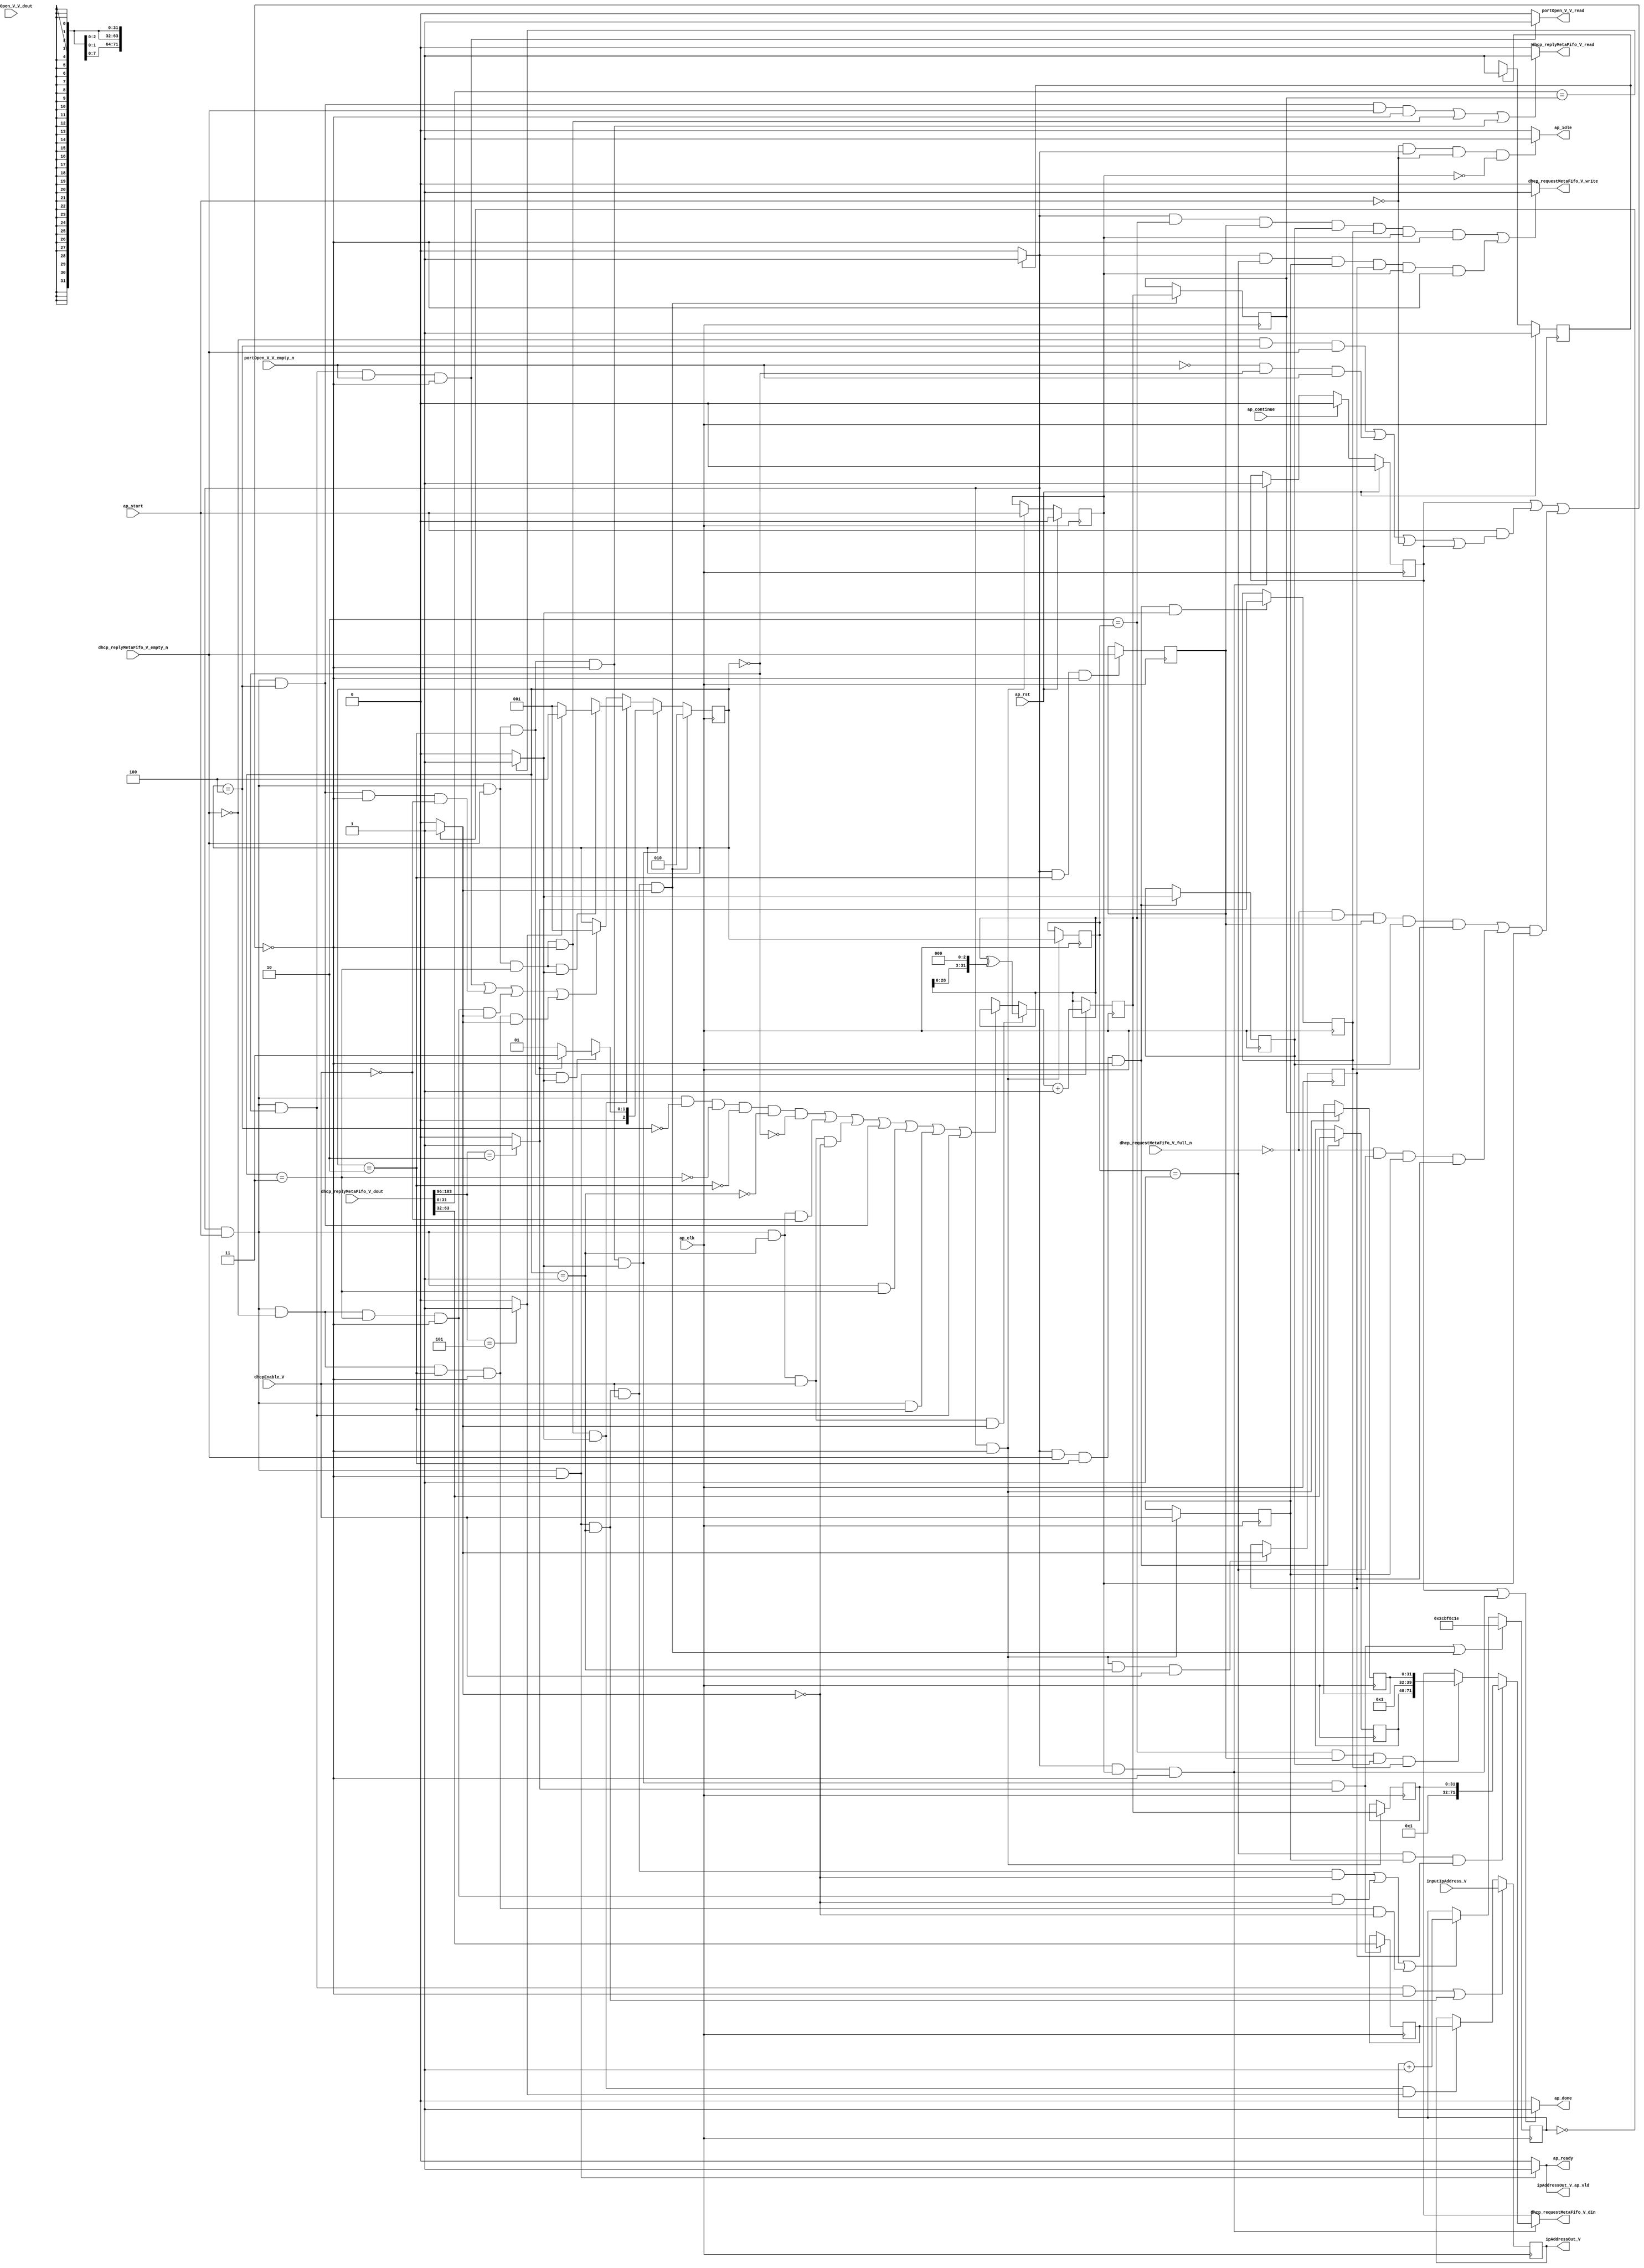
// ==============================================================
// RTL generated by Vivado(TM) HLS - High-Level Synthesis from C, C++ and SystemC
// Version: 2015.1
// Copyright (C) 2015 Xilinx Inc. All rights reserved.
// 
// ===========================================================

`timescale 1 ns / 1 ps 

module dhcp_client_dhcp_fsm (
        ap_clk,
        ap_rst,
        ap_start,
        ap_done,
        ap_continue,
        ap_idle,
        ap_ready,
        dhcp_replyMetaFifo_V_dout,
        dhcp_replyMetaFifo_V_empty_n,
        dhcp_replyMetaFifo_V_read,
        portOpen_V_V_dout,
        portOpen_V_V_empty_n,
        portOpen_V_V_read,
        dhcp_requestMetaFifo_V_din,
        dhcp_requestMetaFifo_V_full_n,
        dhcp_requestMetaFifo_V_write,
        ipAddressOut_V,
        ipAddressOut_V_ap_vld,
        dhcpEnable_V,
        inputIpAddress_V
);

parameter    ap_const_logic_1 = 1'b1;
parameter    ap_const_logic_0 = 1'b0;
parameter    ap_ST_pp0_stg0_fsm_0 = 1'b1;
parameter    ap_const_lv32_0 = 32'b00000000000000000000000000000000;
parameter    ap_const_lv1_1 = 1'b1;
parameter    ap_const_lv3_4 = 3'b100;
parameter    ap_const_lv1_0 = 1'b0;
parameter    ap_const_lv3_3 = 3'b11;
parameter    ap_const_lv3_2 = 3'b10;
parameter    ap_const_lv3_0 = 3'b000;
parameter    ap_const_lv3_1 = 3'b1;
parameter    ap_const_lv2_3 = 2'b11;
parameter    ap_const_lv2_1 = 2'b1;
parameter    ap_const_lv32_2CBF8C1E = 32'b101100101111111000110000011110;
parameter    ap_const_lv32_FFFFFFFF = 32'b11111111111111111111111111111111;
parameter    ap_const_lv32_60 = 32'b1100000;
parameter    ap_const_lv32_67 = 32'b1100111;
parameter    ap_const_lv8_5 = 8'b101;
parameter    ap_const_lv32_20 = 32'b100000;
parameter    ap_const_lv32_3F = 32'b111111;
parameter    ap_const_lv8_2 = 8'b10;
parameter    ap_const_lv32_3 = 32'b11;
parameter    ap_const_lv32_1 = 32'b1;
parameter    ap_const_lv8_3 = 8'b11;
parameter    ap_const_lv40_1 = 40'b1;
parameter    ap_true = 1'b1;

input   ap_clk;
input   ap_rst;
input   ap_start;
output   ap_done;
input   ap_continue;
output   ap_idle;
output   ap_ready;
input  [103:0] dhcp_replyMetaFifo_V_dout;
input   dhcp_replyMetaFifo_V_empty_n;
output   dhcp_replyMetaFifo_V_read;
input  [0:0] portOpen_V_V_dout;
input   portOpen_V_V_empty_n;
output   portOpen_V_V_read;
output  [71:0] dhcp_requestMetaFifo_V_din;
input   dhcp_requestMetaFifo_V_full_n;
output   dhcp_requestMetaFifo_V_write;
output  [31:0] ipAddressOut_V;
output   ipAddressOut_V_ap_vld;
input  [0:0] dhcpEnable_V;
input  [31:0] inputIpAddress_V;

reg ap_done;
reg ap_idle;
reg ap_ready;
reg dhcp_replyMetaFifo_V_read;
reg portOpen_V_V_read;
reg[71:0] dhcp_requestMetaFifo_V_din;
reg dhcp_requestMetaFifo_V_write;
reg ipAddressOut_V_ap_vld;
reg    ap_done_reg = 1'b0;
(* fsm_encoding = "none" *) reg   [0:0] ap_CS_fsm = 1'b1;
reg    ap_sig_cseq_ST_pp0_stg0_fsm_0;
reg    ap_sig_bdd_20;
wire    ap_reg_ppiten_pp0_it0;
reg    ap_reg_ppiten_pp0_it1 = 1'b0;
wire   [2:0] state_load_load_fu_278_p1;
wire   [0:0] grp_nbreadreq_fu_138_p3;
wire   [0:0] tmp_nbreadreq_fu_152_p3;
reg    ap_sig_bdd_76;
reg   [2:0] state_load_reg_432;
reg   [0:0] tmp_5_reg_469;
reg   [0:0] tmp_9_reg_482;
reg   [0:0] tmp_11_reg_486;
reg   [0:0] dhcpEnable_V_read_reg_436;
reg   [0:0] tmp_s_reg_490;
reg    ap_sig_bdd_110;
reg   [31:0] myIpAddress_V = 32'b00000000000000000000000000000000;
reg   [2:0] state = 3'b000;
reg   [31:0] time_V = 32'b1100100;
reg   [31:0] randomValue_V = 32'b110100101010101101001101001011;
reg   [31:0] myIdentity_V = 32'b00000000000000000000000000000000;
reg   [31:0] IpAddressBuffer_V = 32'b00000000000000000000000000000000;
wire   [0:0] dhcpEnable_V_read_read_fu_132_p2;
reg   [31:0] tmp_identifier_V_reg_440;
reg   [31:0] myIdentity_V_load_reg_445;
wire   [0:0] tmp_4_fu_230_p2;
wire   [0:0] tmp_2_fu_312_p2;
wire   [0:0] grp_fu_235_p2;
reg   [31:0] tmp_requestedIpAddress_V_reg_477;
wire   [0:0] tmp_9_fu_350_p2;
wire   [0:0] tmp_11_fu_356_p2;
wire   [2:0] ap_reg_phiprechg_storemerge_reg_180pp0_it0;
wire   [0:0] tmp_13_fu_318_p2;
reg   [2:0] storemerge_phi_fu_183_p4;
wire   [1:0] ap_reg_phiprechg_storemerge1_reg_191pp0_it0;
reg   [1:0] storemerge1_phi_fu_194_p4;
wire   [31:0] ap_reg_phiprechg_t_V_1_reg_202pp0_it0;
reg   [31:0] t_V_1_phi_fu_205_p16;
wire   [31:0] p_s_fu_390_p2;
wire   [71:0] tmp_2_2_fu_415_p4;
wire   [71:0] tmp22_fu_424_p3;
wire   [2:0] storemerge1_cast_fu_368_p1;
wire   [31:0] grp_fu_240_p2;
wire   [31:0] tmp_15_fu_403_p2;
wire   [31:0] tmp_19_fu_308_p1;
wire   [7:0] grp_fu_251_p4;
wire   [31:0] tmp_identifier_V_1_fu_336_p1;
wire   [31:0] tmp_20_fu_384_p2;
reg   [0:0] ap_NS_fsm;
reg    ap_sig_pprstidle_pp0;
reg    ap_sig_bdd_97;
reg    ap_sig_bdd_108;
reg    ap_sig_bdd_261;
reg    ap_sig_bdd_408;
reg    ap_sig_bdd_410;




/// the current state (ap_CS_fsm) of the state machine. ///
always @ (posedge ap_clk)
begin : ap_ret_ap_CS_fsm
    if (ap_rst == 1'b1) begin
        ap_CS_fsm <= ap_ST_pp0_stg0_fsm_0;
    end else begin
        ap_CS_fsm <= ap_NS_fsm;
    end
end

/// ap_done_reg assign process. ///
always @ (posedge ap_clk)
begin : ap_ret_ap_done_reg
    if (ap_rst == 1'b1) begin
        ap_done_reg <= ap_const_logic_0;
    end else begin
        if ((ap_const_logic_1 == ap_continue)) begin
            ap_done_reg <= ap_const_logic_0;
        end else if (((ap_const_logic_1 == ap_sig_cseq_ST_pp0_stg0_fsm_0) & (ap_const_logic_1 == ap_reg_ppiten_pp0_it1) & ~((ap_done_reg == ap_const_logic_1) | ((ap_const_logic_1 == ap_reg_ppiten_pp0_it0) & ap_sig_bdd_76) | (ap_sig_bdd_110 & (ap_const_logic_1 == ap_reg_ppiten_pp0_it1))))) begin
            ap_done_reg <= ap_const_logic_1;
        end
    end
end

/// ap_reg_ppiten_pp0_it1 assign process. ///
always @ (posedge ap_clk)
begin : ap_ret_ap_reg_ppiten_pp0_it1
    if (ap_rst == 1'b1) begin
        ap_reg_ppiten_pp0_it1 <= ap_const_logic_0;
    end else begin
        if (((ap_const_logic_1 == ap_sig_cseq_ST_pp0_stg0_fsm_0) & ~((ap_done_reg == ap_const_logic_1) | ((ap_const_logic_1 == ap_reg_ppiten_pp0_it0) & ap_sig_bdd_76) | (ap_sig_bdd_110 & (ap_const_logic_1 == ap_reg_ppiten_pp0_it1))))) begin
            ap_reg_ppiten_pp0_it1 <= ap_reg_ppiten_pp0_it0;
        end
    end
end

/// assign process. ///
always @(posedge ap_clk)
begin
    if ((((ap_const_logic_1 == ap_sig_cseq_ST_pp0_stg0_fsm_0) & (ap_const_logic_1 == ap_reg_ppiten_pp0_it0) & (state == ap_const_lv3_0) & ~((ap_done_reg == ap_const_logic_1) | ((ap_const_logic_1 == ap_reg_ppiten_pp0_it0) & ap_sig_bdd_76) | (ap_sig_bdd_110 & (ap_const_logic_1 == ap_reg_ppiten_pp0_it1)))) | ((ap_const_logic_1 == ap_sig_cseq_ST_pp0_stg0_fsm_0) & (ap_const_logic_1 == ap_reg_ppiten_pp0_it0) & ~((ap_done_reg == ap_const_logic_1) | ((ap_const_logic_1 == ap_reg_ppiten_pp0_it0) & ap_sig_bdd_76) | (ap_sig_bdd_110 & (ap_const_logic_1 == ap_reg_ppiten_pp0_it1))) & (state_load_load_fu_278_p1 == ap_const_lv3_1)))) begin
        myIpAddress_V <= inputIpAddress_V;
    end else if (((ap_const_logic_1 == ap_sig_cseq_ST_pp0_stg0_fsm_0) & (ap_const_logic_1 == ap_reg_ppiten_pp0_it0) & ~(grp_nbreadreq_fu_138_p3 == ap_const_lv1_0) & (state == ap_const_lv3_3) & ~((ap_done_reg == ap_const_logic_1) | ((ap_const_logic_1 == ap_reg_ppiten_pp0_it0) & ap_sig_bdd_76) | (ap_sig_bdd_110 & (ap_const_logic_1 == ap_reg_ppiten_pp0_it1))) & ~(ap_const_lv1_0 == tmp_2_fu_312_p2) & ~(ap_const_lv1_0 == tmp_13_fu_318_p2))) begin
        myIpAddress_V <= IpAddressBuffer_V;
    end
end

/// assign process. ///
always @(posedge ap_clk)
begin
    if (((ap_const_logic_1 == ap_sig_cseq_ST_pp0_stg0_fsm_0) & (ap_const_logic_1 == ap_reg_ppiten_pp0_it0) & ~((ap_done_reg == ap_const_logic_1) | ((ap_const_logic_1 == ap_reg_ppiten_pp0_it0) & ap_sig_bdd_76) | (ap_sig_bdd_110 & (ap_const_logic_1 == ap_reg_ppiten_pp0_it1))) & (state_load_load_fu_278_p1 == ap_const_lv3_1) & ~(ap_const_lv1_0 == dhcpEnable_V_read_read_fu_132_p2) & ~(ap_const_lv1_0 == grp_fu_235_p2))) begin
        state <= ap_const_lv3_2;
    end else if (((ap_const_logic_1 == ap_sig_cseq_ST_pp0_stg0_fsm_0) & (ap_const_logic_1 == ap_reg_ppiten_pp0_it0) & ~(grp_nbreadreq_fu_138_p3 == ap_const_lv1_0) & (state == ap_const_lv3_2) & ~((ap_done_reg == ap_const_logic_1) | ((ap_const_logic_1 == ap_reg_ppiten_pp0_it0) & ap_sig_bdd_76) | (ap_sig_bdd_110 & (ap_const_logic_1 == ap_reg_ppiten_pp0_it1))) & ~(ap_const_lv1_0 == tmp_9_fu_350_p2))) begin
        state <= storemerge1_cast_fu_368_p1;
    end else if (((ap_const_logic_1 == ap_sig_cseq_ST_pp0_stg0_fsm_0) & (ap_const_logic_1 == ap_reg_ppiten_pp0_it0) & ~(grp_nbreadreq_fu_138_p3 == ap_const_lv1_0) & (state == ap_const_lv3_3) & ~((ap_done_reg == ap_const_logic_1) | ((ap_const_logic_1 == ap_reg_ppiten_pp0_it0) & ap_sig_bdd_76) | (ap_sig_bdd_110 & (ap_const_logic_1 == ap_reg_ppiten_pp0_it1))) & ~(ap_const_lv1_0 == tmp_2_fu_312_p2))) begin
        state <= storemerge_phi_fu_183_p4;
    end else if ((((ap_const_logic_1 == ap_sig_cseq_ST_pp0_stg0_fsm_0) & (ap_const_logic_1 == ap_reg_ppiten_pp0_it0) & (state == ap_const_lv3_0) & ~(ap_const_lv1_0 == tmp_nbreadreq_fu_152_p3) & ~((ap_done_reg == ap_const_logic_1) | ((ap_const_logic_1 == ap_reg_ppiten_pp0_it0) & ap_sig_bdd_76) | (ap_sig_bdd_110 & (ap_const_logic_1 == ap_reg_ppiten_pp0_it1)))) | ((ap_const_logic_1 == ap_sig_cseq_ST_pp0_stg0_fsm_0) & (ap_const_logic_1 == ap_reg_ppiten_pp0_it0) & (state == ap_const_lv3_4) & ~((ap_done_reg == ap_const_logic_1) | ((ap_const_logic_1 == ap_reg_ppiten_pp0_it0) & ap_sig_bdd_76) | (ap_sig_bdd_110 & (ap_const_logic_1 == ap_reg_ppiten_pp0_it1))) & (ap_const_lv1_0 == dhcpEnable_V_read_read_fu_132_p2)) | ((ap_const_logic_1 == ap_sig_cseq_ST_pp0_stg0_fsm_0) & (ap_const_logic_1 == ap_reg_ppiten_pp0_it0) & (grp_nbreadreq_fu_138_p3 == ap_const_lv1_0) & (state == ap_const_lv3_3) & ~((ap_done_reg == ap_const_logic_1) | ((ap_const_logic_1 == ap_reg_ppiten_pp0_it0) & ap_sig_bdd_76) | (ap_sig_bdd_110 & (ap_const_logic_1 == ap_reg_ppiten_pp0_it1))) & ~(ap_const_lv1_0 == tmp_4_fu_230_p2)) | ((ap_const_logic_1 == ap_sig_cseq_ST_pp0_stg0_fsm_0) & (ap_const_logic_1 == ap_reg_ppiten_pp0_it0) & (grp_nbreadreq_fu_138_p3 == ap_const_lv1_0) & (state == ap_const_lv3_2) & ~((ap_done_reg == ap_const_logic_1) | ((ap_const_logic_1 == ap_reg_ppiten_pp0_it0) & ap_sig_bdd_76) | (ap_sig_bdd_110 & (ap_const_logic_1 == ap_reg_ppiten_pp0_it1))) & ~(ap_const_lv1_0 == grp_fu_235_p2)))) begin
        state <= ap_const_lv3_1;
    end
end

/// assign process. ///
always @(posedge ap_clk)
begin
    if ((((ap_const_logic_1 == ap_sig_cseq_ST_pp0_stg0_fsm_0) & (ap_const_logic_1 == ap_reg_ppiten_pp0_it0) & ~(grp_nbreadreq_fu_138_p3 == ap_const_lv1_0) & (state == ap_const_lv3_2) & ~((ap_done_reg == ap_const_logic_1) | ((ap_const_logic_1 == ap_reg_ppiten_pp0_it0) & ap_sig_bdd_76) | (ap_sig_bdd_110 & (ap_const_logic_1 == ap_reg_ppiten_pp0_it1))) & ~(ap_const_lv1_0 == tmp_9_fu_350_p2) & ~(ap_const_lv1_0 == tmp_11_fu_356_p2)) | ((ap_const_logic_1 == ap_sig_cseq_ST_pp0_stg0_fsm_0) & (ap_const_logic_1 == ap_reg_ppiten_pp0_it0) & ~((ap_done_reg == ap_const_logic_1) | ((ap_const_logic_1 == ap_reg_ppiten_pp0_it0) & ap_sig_bdd_76) | (ap_sig_bdd_110 & (ap_const_logic_1 == ap_reg_ppiten_pp0_it1))) & (state_load_load_fu_278_p1 == ap_const_lv3_1) & ~(ap_const_lv1_0 == dhcpEnable_V_read_read_fu_132_p2) & ~(ap_const_lv1_0 == grp_fu_235_p2)))) begin
        time_V <= ap_const_lv32_2CBF8C1E;
    end else if ((((ap_const_logic_1 == ap_sig_cseq_ST_pp0_stg0_fsm_0) & (ap_const_logic_1 == ap_reg_ppiten_pp0_it0) & ~((ap_done_reg == ap_const_logic_1) | ((ap_const_logic_1 == ap_reg_ppiten_pp0_it0) & ap_sig_bdd_76) | (ap_sig_bdd_110 & (ap_const_logic_1 == ap_reg_ppiten_pp0_it1))) & (state_load_load_fu_278_p1 == ap_const_lv3_1) & ~(ap_const_lv1_0 == dhcpEnable_V_read_read_fu_132_p2) & (ap_const_lv1_0 == grp_fu_235_p2)) | ((ap_const_logic_1 == ap_sig_cseq_ST_pp0_stg0_fsm_0) & (ap_const_logic_1 == ap_reg_ppiten_pp0_it0) & (grp_nbreadreq_fu_138_p3 == ap_const_lv1_0) & (state == ap_const_lv3_3) & ~((ap_done_reg == ap_const_logic_1) | ((ap_const_logic_1 == ap_reg_ppiten_pp0_it0) & ap_sig_bdd_76) | (ap_sig_bdd_110 & (ap_const_logic_1 == ap_reg_ppiten_pp0_it1))) & (ap_const_lv1_0 == tmp_4_fu_230_p2)) | ((ap_const_logic_1 == ap_sig_cseq_ST_pp0_stg0_fsm_0) & (ap_const_logic_1 == ap_reg_ppiten_pp0_it0) & (grp_nbreadreq_fu_138_p3 == ap_const_lv1_0) & (state == ap_const_lv3_2) & ~((ap_done_reg == ap_const_logic_1) | ((ap_const_logic_1 == ap_reg_ppiten_pp0_it0) & ap_sig_bdd_76) | (ap_sig_bdd_110 & (ap_const_logic_1 == ap_reg_ppiten_pp0_it1))) & (ap_const_lv1_0 == grp_fu_235_p2)))) begin
        time_V <= grp_fu_240_p2;
    end
end

/// assign process. ///
always @(posedge ap_clk)
begin
    if (((ap_const_logic_1 == ap_sig_cseq_ST_pp0_stg0_fsm_0) & (ap_const_logic_1 == ap_reg_ppiten_pp0_it0) & ~(grp_nbreadreq_fu_138_p3 == ap_const_lv1_0) & (state == ap_const_lv3_2) & ~((ap_done_reg == ap_const_logic_1) | ((ap_const_logic_1 == ap_reg_ppiten_pp0_it0) & ap_sig_bdd_76) | (ap_sig_bdd_110 & (ap_const_logic_1 == ap_reg_ppiten_pp0_it1))) & ~(ap_const_lv1_0 == tmp_9_fu_350_p2) & ~(ap_const_lv1_0 == tmp_11_fu_356_p2))) begin
        IpAddressBuffer_V <= {{dhcp_replyMetaFifo_V_dout[ap_const_lv32_3F : ap_const_lv32_20]}};
    end
end

/// assign process. ///
always @(posedge ap_clk)
begin
    if (((ap_const_logic_1 == ap_sig_cseq_ST_pp0_stg0_fsm_0) & ~((ap_done_reg == ap_const_logic_1) | ((ap_const_logic_1 == ap_reg_ppiten_pp0_it0) & ap_sig_bdd_76) | (ap_sig_bdd_110 & (ap_const_logic_1 == ap_reg_ppiten_pp0_it1))))) begin
        dhcpEnable_V_read_reg_436 <= dhcpEnable_V;
        myIdentity_V_load_reg_445 <= myIdentity_V;
        state_load_reg_432 <= state;
        tmp_identifier_V_reg_440 <= randomValue_V;
    end
end

/// assign process. ///
always @(posedge ap_clk)
begin
    if (((ap_const_logic_1 == ap_sig_cseq_ST_pp0_stg0_fsm_0) & (ap_const_logic_1 == ap_reg_ppiten_pp0_it0) & ~((ap_done_reg == ap_const_logic_1) | ((ap_const_logic_1 == ap_reg_ppiten_pp0_it0) & ap_sig_bdd_76) | (ap_sig_bdd_110 & (ap_const_logic_1 == ap_reg_ppiten_pp0_it1))) & (state_load_load_fu_278_p1 == ap_const_lv3_1) & ~(ap_const_lv1_0 == dhcpEnable_V_read_read_fu_132_p2) & ~(ap_const_lv1_0 == grp_fu_235_p2))) begin
        myIdentity_V <= randomValue_V;
    end
end

/// assign process. ///
always @(posedge ap_clk)
begin
    if (((ap_const_logic_1 == ap_sig_cseq_ST_pp0_stg0_fsm_0) & (ap_const_logic_1 == ap_reg_ppiten_pp0_it0) & ~((ap_done_reg == ap_const_logic_1) | ((ap_const_logic_1 == ap_reg_ppiten_pp0_it0) & ap_sig_bdd_76) | (ap_sig_bdd_110 & (ap_const_logic_1 == ap_reg_ppiten_pp0_it1))))) begin
        randomValue_V <= tmp_15_fu_403_p2;
    end
end

/// assign process. ///
always @(posedge ap_clk)
begin
    if (((ap_const_logic_1 == ap_sig_cseq_ST_pp0_stg0_fsm_0) & ~(grp_nbreadreq_fu_138_p3 == ap_const_lv1_0) & (state == ap_const_lv3_2) & ~((ap_done_reg == ap_const_logic_1) | ((ap_const_logic_1 == ap_reg_ppiten_pp0_it0) & ap_sig_bdd_76) | (ap_sig_bdd_110 & (ap_const_logic_1 == ap_reg_ppiten_pp0_it1))) & ~(ap_const_lv1_0 == tmp_9_fu_350_p2))) begin
        tmp_11_reg_486 <= tmp_11_fu_356_p2;
    end
end

/// assign process. ///
always @(posedge ap_clk)
begin
    if (((ap_const_logic_1 == ap_sig_cseq_ST_pp0_stg0_fsm_0) & (state == ap_const_lv3_2) & ~((ap_done_reg == ap_const_logic_1) | ((ap_const_logic_1 == ap_reg_ppiten_pp0_it0) & ap_sig_bdd_76) | (ap_sig_bdd_110 & (ap_const_logic_1 == ap_reg_ppiten_pp0_it1))))) begin
        tmp_5_reg_469 <= grp_nbreadreq_fu_138_p3;
    end
end

/// assign process. ///
always @(posedge ap_clk)
begin
    if (((ap_const_logic_1 == ap_sig_cseq_ST_pp0_stg0_fsm_0) & ~(grp_nbreadreq_fu_138_p3 == ap_const_lv1_0) & (state == ap_const_lv3_2) & ~((ap_done_reg == ap_const_logic_1) | ((ap_const_logic_1 == ap_reg_ppiten_pp0_it0) & ap_sig_bdd_76) | (ap_sig_bdd_110 & (ap_const_logic_1 == ap_reg_ppiten_pp0_it1))))) begin
        tmp_9_reg_482 <= tmp_9_fu_350_p2;
        tmp_requestedIpAddress_V_reg_477 <= {{dhcp_replyMetaFifo_V_dout[ap_const_lv32_3F : ap_const_lv32_20]}};
    end
end

/// assign process. ///
always @(posedge ap_clk)
begin
    if (((ap_const_logic_1 == ap_sig_cseq_ST_pp0_stg0_fsm_0) & ~((ap_done_reg == ap_const_logic_1) | ((ap_const_logic_1 == ap_reg_ppiten_pp0_it0) & ap_sig_bdd_76) | (ap_sig_bdd_110 & (ap_const_logic_1 == ap_reg_ppiten_pp0_it1))) & (state_load_load_fu_278_p1 == ap_const_lv3_1) & ~(ap_const_lv1_0 == dhcpEnable_V_read_read_fu_132_p2))) begin
        tmp_s_reg_490 <= grp_fu_235_p2;
    end
end

/// ap_done assign process. ///
always @ (ap_done_reg or ap_sig_cseq_ST_pp0_stg0_fsm_0 or ap_reg_ppiten_pp0_it0 or ap_reg_ppiten_pp0_it1 or ap_sig_bdd_76 or ap_sig_bdd_110)
begin
    if (((ap_const_logic_1 == ap_done_reg) | ((ap_const_logic_1 == ap_sig_cseq_ST_pp0_stg0_fsm_0) & (ap_const_logic_1 == ap_reg_ppiten_pp0_it1) & ~((ap_done_reg == ap_const_logic_1) | ((ap_const_logic_1 == ap_reg_ppiten_pp0_it0) & ap_sig_bdd_76) | (ap_sig_bdd_110 & (ap_const_logic_1 == ap_reg_ppiten_pp0_it1)))))) begin
        ap_done = ap_const_logic_1;
    end else begin
        ap_done = ap_const_logic_0;
    end
end

/// ap_idle assign process. ///
always @ (ap_start or ap_sig_cseq_ST_pp0_stg0_fsm_0 or ap_reg_ppiten_pp0_it0 or ap_reg_ppiten_pp0_it1)
begin
    if ((~(ap_const_logic_1 == ap_start) & (ap_const_logic_1 == ap_sig_cseq_ST_pp0_stg0_fsm_0) & (ap_const_logic_0 == ap_reg_ppiten_pp0_it0) & (ap_const_logic_0 == ap_reg_ppiten_pp0_it1))) begin
        ap_idle = ap_const_logic_1;
    end else begin
        ap_idle = ap_const_logic_0;
    end
end

/// ap_ready assign process. ///
always @ (ap_done_reg or ap_sig_cseq_ST_pp0_stg0_fsm_0 or ap_reg_ppiten_pp0_it0 or ap_reg_ppiten_pp0_it1 or ap_sig_bdd_76 or ap_sig_bdd_110)
begin
    if (((ap_const_logic_1 == ap_sig_cseq_ST_pp0_stg0_fsm_0) & (ap_const_logic_1 == ap_reg_ppiten_pp0_it0) & ~((ap_done_reg == ap_const_logic_1) | ((ap_const_logic_1 == ap_reg_ppiten_pp0_it0) & ap_sig_bdd_76) | (ap_sig_bdd_110 & (ap_const_logic_1 == ap_reg_ppiten_pp0_it1))))) begin
        ap_ready = ap_const_logic_1;
    end else begin
        ap_ready = ap_const_logic_0;
    end
end

/// ap_sig_cseq_ST_pp0_stg0_fsm_0 assign process. ///
always @ (ap_sig_bdd_20)
begin
    if (ap_sig_bdd_20) begin
        ap_sig_cseq_ST_pp0_stg0_fsm_0 = ap_const_logic_1;
    end else begin
        ap_sig_cseq_ST_pp0_stg0_fsm_0 = ap_const_logic_0;
    end
end

/// ap_sig_pprstidle_pp0 assign process. ///
always @ (ap_start or ap_reg_ppiten_pp0_it0)
begin
    if (((ap_const_logic_0 == ap_reg_ppiten_pp0_it0) & (ap_const_logic_0 == ap_start))) begin
        ap_sig_pprstidle_pp0 = ap_const_logic_1;
    end else begin
        ap_sig_pprstidle_pp0 = ap_const_logic_0;
    end
end

/// dhcp_replyMetaFifo_V_read assign process. ///
always @ (ap_done_reg or ap_sig_cseq_ST_pp0_stg0_fsm_0 or ap_reg_ppiten_pp0_it0 or ap_reg_ppiten_pp0_it1 or grp_nbreadreq_fu_138_p3 or ap_sig_bdd_76 or ap_sig_bdd_110 or state)
begin
    if ((((ap_const_logic_1 == ap_sig_cseq_ST_pp0_stg0_fsm_0) & (ap_const_logic_1 == ap_reg_ppiten_pp0_it0) & (state == ap_const_lv3_4) & ~(grp_nbreadreq_fu_138_p3 == ap_const_lv1_0) & ~((ap_done_reg == ap_const_logic_1) | ((ap_const_logic_1 == ap_reg_ppiten_pp0_it0) & ap_sig_bdd_76) | (ap_sig_bdd_110 & (ap_const_logic_1 == ap_reg_ppiten_pp0_it1)))) | ((ap_const_logic_1 == ap_sig_cseq_ST_pp0_stg0_fsm_0) & (ap_const_logic_1 == ap_reg_ppiten_pp0_it0) & ~(grp_nbreadreq_fu_138_p3 == ap_const_lv1_0) & (state == ap_const_lv3_3) & ~((ap_done_reg == ap_const_logic_1) | ((ap_const_logic_1 == ap_reg_ppiten_pp0_it0) & ap_sig_bdd_76) | (ap_sig_bdd_110 & (ap_const_logic_1 == ap_reg_ppiten_pp0_it1)))) | ((ap_const_logic_1 == ap_sig_cseq_ST_pp0_stg0_fsm_0) & (ap_const_logic_1 == ap_reg_ppiten_pp0_it0) & ~(grp_nbreadreq_fu_138_p3 == ap_const_lv1_0) & (state == ap_const_lv3_2) & ~((ap_done_reg == ap_const_logic_1) | ((ap_const_logic_1 == ap_reg_ppiten_pp0_it0) & ap_sig_bdd_76) | (ap_sig_bdd_110 & (ap_const_logic_1 == ap_reg_ppiten_pp0_it1)))))) begin
        dhcp_replyMetaFifo_V_read = ap_const_logic_1;
    end else begin
        dhcp_replyMetaFifo_V_read = ap_const_logic_0;
    end
end

/// dhcp_requestMetaFifo_V_din assign process. ///
always @ (tmp_2_2_fu_415_p4 or tmp22_fu_424_p3 or ap_sig_bdd_97 or ap_sig_bdd_108 or ap_sig_bdd_261)
begin
    if (ap_sig_bdd_261) begin
        if (ap_sig_bdd_108) begin
            dhcp_requestMetaFifo_V_din = tmp22_fu_424_p3;
        end else if (ap_sig_bdd_97) begin
            dhcp_requestMetaFifo_V_din = tmp_2_2_fu_415_p4;
        end else begin
            dhcp_requestMetaFifo_V_din = 'bx;
        end
    end else begin
        dhcp_requestMetaFifo_V_din = 'bx;
    end
end

/// dhcp_requestMetaFifo_V_write assign process. ///
always @ (ap_done_reg or ap_sig_cseq_ST_pp0_stg0_fsm_0 or ap_reg_ppiten_pp0_it0 or ap_reg_ppiten_pp0_it1 or ap_sig_bdd_76 or state_load_reg_432 or tmp_5_reg_469 or tmp_9_reg_482 or tmp_11_reg_486 or dhcpEnable_V_read_reg_436 or tmp_s_reg_490 or ap_sig_bdd_110)
begin
    if ((((ap_const_logic_1 == ap_sig_cseq_ST_pp0_stg0_fsm_0) & (ap_const_lv3_2 == state_load_reg_432) & ~(ap_const_lv1_0 == tmp_5_reg_469) & ~(ap_const_lv1_0 == tmp_9_reg_482) & ~(ap_const_lv1_0 == tmp_11_reg_486) & (ap_const_logic_1 == ap_reg_ppiten_pp0_it1) & ~((ap_done_reg == ap_const_logic_1) | ((ap_const_logic_1 == ap_reg_ppiten_pp0_it0) & ap_sig_bdd_76) | (ap_sig_bdd_110 & (ap_const_logic_1 == ap_reg_ppiten_pp0_it1)))) | ((ap_const_logic_1 == ap_sig_cseq_ST_pp0_stg0_fsm_0) & (state_load_reg_432 == ap_const_lv3_1) & ~(ap_const_lv1_0 == dhcpEnable_V_read_reg_436) & ~(ap_const_lv1_0 == tmp_s_reg_490) & (ap_const_logic_1 == ap_reg_ppiten_pp0_it1) & ~((ap_done_reg == ap_const_logic_1) | ((ap_const_logic_1 == ap_reg_ppiten_pp0_it0) & ap_sig_bdd_76) | (ap_sig_bdd_110 & (ap_const_logic_1 == ap_reg_ppiten_pp0_it1)))))) begin
        dhcp_requestMetaFifo_V_write = ap_const_logic_1;
    end else begin
        dhcp_requestMetaFifo_V_write = ap_const_logic_0;
    end
end

/// ipAddressOut_V_ap_vld assign process. ///
always @ (ap_done_reg or ap_sig_cseq_ST_pp0_stg0_fsm_0 or ap_reg_ppiten_pp0_it0 or ap_reg_ppiten_pp0_it1 or ap_sig_bdd_76 or ap_sig_bdd_110)
begin
    if (((ap_const_logic_1 == ap_sig_cseq_ST_pp0_stg0_fsm_0) & (ap_const_logic_1 == ap_reg_ppiten_pp0_it0) & ~((ap_done_reg == ap_const_logic_1) | ((ap_const_logic_1 == ap_reg_ppiten_pp0_it0) & ap_sig_bdd_76) | (ap_sig_bdd_110 & (ap_const_logic_1 == ap_reg_ppiten_pp0_it1))))) begin
        ipAddressOut_V_ap_vld = ap_const_logic_1;
    end else begin
        ipAddressOut_V_ap_vld = ap_const_logic_0;
    end
end

/// portOpen_V_V_read assign process. ///
always @ (ap_done_reg or ap_sig_cseq_ST_pp0_stg0_fsm_0 or ap_reg_ppiten_pp0_it0 or ap_reg_ppiten_pp0_it1 or tmp_nbreadreq_fu_152_p3 or ap_sig_bdd_76 or ap_sig_bdd_110 or state)
begin
    if (((ap_const_logic_1 == ap_sig_cseq_ST_pp0_stg0_fsm_0) & (ap_const_logic_1 == ap_reg_ppiten_pp0_it0) & (state == ap_const_lv3_0) & ~(ap_const_lv1_0 == tmp_nbreadreq_fu_152_p3) & ~((ap_done_reg == ap_const_logic_1) | ((ap_const_logic_1 == ap_reg_ppiten_pp0_it0) & ap_sig_bdd_76) | (ap_sig_bdd_110 & (ap_const_logic_1 == ap_reg_ppiten_pp0_it1))))) begin
        portOpen_V_V_read = ap_const_logic_1;
    end else begin
        portOpen_V_V_read = ap_const_logic_0;
    end
end

/// storemerge1_phi_fu_194_p4 assign process. ///
always @ (tmp_11_fu_356_p2 or ap_reg_phiprechg_storemerge1_reg_191pp0_it0 or ap_sig_bdd_408)
begin
    if (ap_sig_bdd_408) begin
        if ((ap_const_lv1_0 == tmp_11_fu_356_p2)) begin
            storemerge1_phi_fu_194_p4 = ap_const_lv2_1;
        end else if (~(ap_const_lv1_0 == tmp_11_fu_356_p2)) begin
            storemerge1_phi_fu_194_p4 = ap_const_lv2_3;
        end else begin
            storemerge1_phi_fu_194_p4 = ap_reg_phiprechg_storemerge1_reg_191pp0_it0;
        end
    end else begin
        storemerge1_phi_fu_194_p4 = ap_reg_phiprechg_storemerge1_reg_191pp0_it0;
    end
end

/// storemerge_phi_fu_183_p4 assign process. ///
always @ (ap_reg_phiprechg_storemerge_reg_180pp0_it0 or tmp_13_fu_318_p2 or ap_sig_bdd_410)
begin
    if (ap_sig_bdd_410) begin
        if ((ap_const_lv1_0 == tmp_13_fu_318_p2)) begin
            storemerge_phi_fu_183_p4 = ap_const_lv3_1;
        end else if (~(ap_const_lv1_0 == tmp_13_fu_318_p2)) begin
            storemerge_phi_fu_183_p4 = ap_const_lv3_4;
        end else begin
            storemerge_phi_fu_183_p4 = ap_reg_phiprechg_storemerge_reg_180pp0_it0;
        end
    end else begin
        storemerge_phi_fu_183_p4 = ap_reg_phiprechg_storemerge_reg_180pp0_it0;
    end
end

/// t_V_1_phi_fu_205_p16 assign process. ///
always @ (ap_sig_cseq_ST_pp0_stg0_fsm_0 or ap_reg_ppiten_pp0_it0 or state_load_load_fu_278_p1 or state or randomValue_V or dhcpEnable_V_read_read_fu_132_p2 or grp_fu_235_p2 or ap_reg_phiprechg_t_V_1_reg_202pp0_it0 or p_s_fu_390_p2)
begin
    if (((ap_const_logic_1 == ap_sig_cseq_ST_pp0_stg0_fsm_0) & (ap_const_logic_1 == ap_reg_ppiten_pp0_it0) & (state_load_load_fu_278_p1 == ap_const_lv3_1) & ~(ap_const_lv1_0 == dhcpEnable_V_read_read_fu_132_p2) & ~(ap_const_lv1_0 == grp_fu_235_p2))) begin
        t_V_1_phi_fu_205_p16 = p_s_fu_390_p2;
    end else if ((((ap_const_logic_1 == ap_sig_cseq_ST_pp0_stg0_fsm_0) & (ap_const_logic_1 == ap_reg_ppiten_pp0_it0) & ~(state == ap_const_lv3_4) & ~(state == ap_const_lv3_3) & ~(state == ap_const_lv3_2) & ~(state_load_load_fu_278_p1 == ap_const_lv3_1) & ~(state == ap_const_lv3_0)) | ((ap_const_logic_1 == ap_sig_cseq_ST_pp0_stg0_fsm_0) & (ap_const_logic_1 == ap_reg_ppiten_pp0_it0) & (state_load_load_fu_278_p1 == ap_const_lv3_1) & (ap_const_lv1_0 == dhcpEnable_V_read_read_fu_132_p2)) | ((ap_const_logic_1 == ap_sig_cseq_ST_pp0_stg0_fsm_0) & (ap_const_logic_1 == ap_reg_ppiten_pp0_it0) & (state_load_load_fu_278_p1 == ap_const_lv3_1) & ~(ap_const_lv1_0 == dhcpEnable_V_read_read_fu_132_p2) & (ap_const_lv1_0 == grp_fu_235_p2)) | ((ap_const_logic_1 == ap_sig_cseq_ST_pp0_stg0_fsm_0) & (ap_const_logic_1 == ap_reg_ppiten_pp0_it0) & (state == ap_const_lv3_4)) | ((ap_const_logic_1 == ap_sig_cseq_ST_pp0_stg0_fsm_0) & (ap_const_logic_1 == ap_reg_ppiten_pp0_it0) & (state == ap_const_lv3_3)) | ((ap_const_logic_1 == ap_sig_cseq_ST_pp0_stg0_fsm_0) & (ap_const_logic_1 == ap_reg_ppiten_pp0_it0) & (state == ap_const_lv3_2)) | ((ap_const_logic_1 == ap_sig_cseq_ST_pp0_stg0_fsm_0) & (ap_const_logic_1 == ap_reg_ppiten_pp0_it0) & (state == ap_const_lv3_0)))) begin
        t_V_1_phi_fu_205_p16 = randomValue_V;
    end else begin
        t_V_1_phi_fu_205_p16 = ap_reg_phiprechg_t_V_1_reg_202pp0_it0;
    end
end
/// the next state (ap_NS_fsm) of the state machine. ///
always @ (ap_done_reg or ap_CS_fsm or ap_reg_ppiten_pp0_it0 or ap_reg_ppiten_pp0_it1 or ap_sig_bdd_76 or ap_sig_bdd_110 or ap_sig_pprstidle_pp0)
begin
    case (ap_CS_fsm)
        ap_ST_pp0_stg0_fsm_0 : 
        begin
            ap_NS_fsm = ap_ST_pp0_stg0_fsm_0;
        end
        default : 
        begin
            ap_NS_fsm = 'bx;
        end
    endcase
end

assign ap_reg_phiprechg_storemerge1_reg_191pp0_it0 = 'bx;
assign ap_reg_phiprechg_storemerge_reg_180pp0_it0 = 'bx;
assign ap_reg_phiprechg_t_V_1_reg_202pp0_it0 = 'bx;
assign ap_reg_ppiten_pp0_it0 = ap_start;

/// ap_sig_bdd_108 assign process. ///
always @ (state_load_reg_432 or dhcpEnable_V_read_reg_436 or tmp_s_reg_490)
begin
    ap_sig_bdd_108 = ((state_load_reg_432 == ap_const_lv3_1) & ~(ap_const_lv1_0 == dhcpEnable_V_read_reg_436) & ~(ap_const_lv1_0 == tmp_s_reg_490));
end

/// ap_sig_bdd_110 assign process. ///
always @ (dhcp_requestMetaFifo_V_full_n or state_load_reg_432 or tmp_5_reg_469 or tmp_9_reg_482 or tmp_11_reg_486 or dhcpEnable_V_read_reg_436 or tmp_s_reg_490)
begin
    ap_sig_bdd_110 = (((dhcp_requestMetaFifo_V_full_n == ap_const_logic_0) & (ap_const_lv3_2 == state_load_reg_432) & ~(ap_const_lv1_0 == tmp_5_reg_469) & ~(ap_const_lv1_0 == tmp_9_reg_482) & ~(ap_const_lv1_0 == tmp_11_reg_486)) | ((dhcp_requestMetaFifo_V_full_n == ap_const_logic_0) & (state_load_reg_432 == ap_const_lv3_1) & ~(ap_const_lv1_0 == dhcpEnable_V_read_reg_436) & ~(ap_const_lv1_0 == tmp_s_reg_490)));
end

/// ap_sig_bdd_20 assign process. ///
always @ (ap_CS_fsm)
begin
    ap_sig_bdd_20 = (ap_CS_fsm[ap_const_lv32_0] == ap_const_lv1_1);
end

/// ap_sig_bdd_261 assign process. ///
always @ (ap_done_reg or ap_sig_cseq_ST_pp0_stg0_fsm_0 or ap_reg_ppiten_pp0_it0 or ap_reg_ppiten_pp0_it1 or ap_sig_bdd_76 or ap_sig_bdd_110)
begin
    ap_sig_bdd_261 = ((ap_const_logic_1 == ap_sig_cseq_ST_pp0_stg0_fsm_0) & (ap_const_logic_1 == ap_reg_ppiten_pp0_it1) & ~((ap_done_reg == ap_const_logic_1) | ((ap_const_logic_1 == ap_reg_ppiten_pp0_it0) & ap_sig_bdd_76) | (ap_sig_bdd_110 & (ap_const_logic_1 == ap_reg_ppiten_pp0_it1))));
end

/// ap_sig_bdd_408 assign process. ///
always @ (ap_sig_cseq_ST_pp0_stg0_fsm_0 or ap_reg_ppiten_pp0_it0 or grp_nbreadreq_fu_138_p3 or state or tmp_9_fu_350_p2)
begin
    ap_sig_bdd_408 = ((ap_const_logic_1 == ap_sig_cseq_ST_pp0_stg0_fsm_0) & (ap_const_logic_1 == ap_reg_ppiten_pp0_it0) & ~(grp_nbreadreq_fu_138_p3 == ap_const_lv1_0) & (state == ap_const_lv3_2) & ~(ap_const_lv1_0 == tmp_9_fu_350_p2));
end

/// ap_sig_bdd_410 assign process. ///
always @ (ap_sig_cseq_ST_pp0_stg0_fsm_0 or ap_reg_ppiten_pp0_it0 or grp_nbreadreq_fu_138_p3 or state or tmp_2_fu_312_p2)
begin
    ap_sig_bdd_410 = ((ap_const_logic_1 == ap_sig_cseq_ST_pp0_stg0_fsm_0) & (ap_const_logic_1 == ap_reg_ppiten_pp0_it0) & ~(grp_nbreadreq_fu_138_p3 == ap_const_lv1_0) & (state == ap_const_lv3_3) & ~(ap_const_lv1_0 == tmp_2_fu_312_p2));
end

/// ap_sig_bdd_76 assign process. ///
always @ (ap_start or ap_done_reg or dhcp_replyMetaFifo_V_empty_n or grp_nbreadreq_fu_138_p3 or portOpen_V_V_empty_n or tmp_nbreadreq_fu_152_p3 or state)
begin
    ap_sig_bdd_76 = (((dhcp_replyMetaFifo_V_empty_n == ap_const_logic_0) & (state == ap_const_lv3_4) & ~(grp_nbreadreq_fu_138_p3 == ap_const_lv1_0)) | ((dhcp_replyMetaFifo_V_empty_n == ap_const_logic_0) & ~(grp_nbreadreq_fu_138_p3 == ap_const_lv1_0) & (state == ap_const_lv3_3)) | ((dhcp_replyMetaFifo_V_empty_n == ap_const_logic_0) & ~(grp_nbreadreq_fu_138_p3 == ap_const_lv1_0) & (state == ap_const_lv3_2)) | ((portOpen_V_V_empty_n == ap_const_logic_0) & (state == ap_const_lv3_0) & ~(ap_const_lv1_0 == tmp_nbreadreq_fu_152_p3)) | (ap_start == ap_const_logic_0) | (ap_done_reg == ap_const_logic_1));
end

/// ap_sig_bdd_97 assign process. ///
always @ (state_load_reg_432 or tmp_5_reg_469 or tmp_9_reg_482 or tmp_11_reg_486)
begin
    ap_sig_bdd_97 = ((ap_const_lv3_2 == state_load_reg_432) & ~(ap_const_lv1_0 == tmp_5_reg_469) & ~(ap_const_lv1_0 == tmp_9_reg_482) & ~(ap_const_lv1_0 == tmp_11_reg_486));
end
assign dhcpEnable_V_read_read_fu_132_p2 = dhcpEnable_V;
assign grp_fu_235_p2 = (time_V == ap_const_lv32_0? 1'b1: 1'b0);
assign grp_fu_240_p2 = ($signed(time_V) + $signed(ap_const_lv32_FFFFFFFF));
assign grp_fu_251_p4 = {{dhcp_replyMetaFifo_V_dout[ap_const_lv32_67 : ap_const_lv32_60]}};
assign grp_nbreadreq_fu_138_p3 = dhcp_replyMetaFifo_V_empty_n;
assign ipAddressOut_V = myIpAddress_V;
assign p_s_fu_390_p2 = (randomValue_V ^ tmp_20_fu_384_p2);
assign state_load_load_fu_278_p1 = state;
assign storemerge1_cast_fu_368_p1 = storemerge1_phi_fu_194_p4;
assign tmp22_fu_424_p3 = {{ap_const_lv40_1}, {tmp_identifier_V_reg_440}};
assign tmp_11_fu_356_p2 = (grp_fu_251_p4 == ap_const_lv8_2? 1'b1: 1'b0);
assign tmp_13_fu_318_p2 = (grp_fu_251_p4 == ap_const_lv8_5? 1'b1: 1'b0);
assign tmp_15_fu_403_p2 = (t_V_1_phi_fu_205_p16 + ap_const_lv32_1);
assign tmp_19_fu_308_p1 = dhcp_replyMetaFifo_V_dout[31:0];
assign tmp_20_fu_384_p2 = randomValue_V << ap_const_lv32_3;
assign tmp_2_2_fu_415_p4 = {{{tmp_requestedIpAddress_V_reg_477}, {ap_const_lv8_3}}, {myIdentity_V_load_reg_445}};
assign tmp_2_fu_312_p2 = (tmp_19_fu_308_p1 == myIdentity_V? 1'b1: 1'b0);
assign tmp_4_fu_230_p2 = (time_V == ap_const_lv32_0? 1'b1: 1'b0);
assign tmp_9_fu_350_p2 = (tmp_identifier_V_1_fu_336_p1 == myIdentity_V? 1'b1: 1'b0);
assign tmp_identifier_V_1_fu_336_p1 = dhcp_replyMetaFifo_V_dout[31:0];
assign tmp_nbreadreq_fu_152_p3 = portOpen_V_V_empty_n;


endmodule //dhcp_client_dhcp_fsm